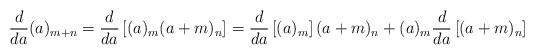
LaTeX: \begin{align*}\frac{d}{d a} (a)_{m+n} = \frac{d}{d a} \left[(a)_m (a+m)_n\right] = \frac{d}{da}\left[(a)_m\right] (a+m)_n + (a)_m \frac{d}{da}\left[(a+m)_n\right]\end{align*}